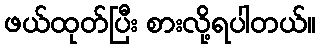
ဖယ်ထုတ်ပြီး စားလို့ရပါတယ်။